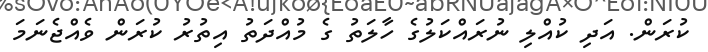
ކުރަން. އަދި ކުއްލި ނުރައްކަލުގެ ހާލަތު ގެ މުއްދަތު އިތުރު ކުރަން ވެއްޖެނަމަ